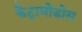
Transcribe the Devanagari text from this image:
कैट्रामोडोस